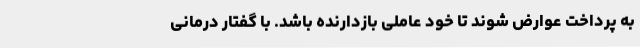
به پرداخت عوارض شوند تا خود عاملی بازدارنده باشد. با گفتار درمانی